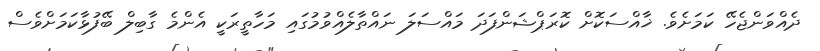
ދެއްވަންޖެހޭ ކަމަށެވެ. ޚާއްސަކޮށް ކޮރަޕްޝަންފަދަ މައްސަލަ ނައްތާލެއްވުމުގައި މަހާތީރަކީ އެންމެ ގާބިލް ބޭފުޅާކަމަށްވެސް